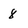
Character: 8